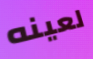
لعينه